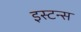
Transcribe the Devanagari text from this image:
इस्टन्स